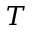
T